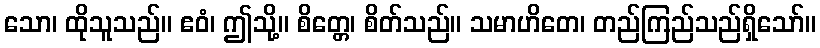
သော၊ ထိုသူသည်။ ဧဝံ၊ ဤသို့။ စိတ္တေ၊ စိတ်သည်။ သမာဟိတေ၊ တည်ကြည်သည်ရှိသော်။